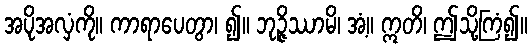
အပိုအလှံကို။ ကာရာပေတွာ၊ ၍။ ဘုဉ္ဇိဿာမိ၊ အံ့။ ဣတိ၊ ဤသို့ကြံ၍။